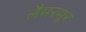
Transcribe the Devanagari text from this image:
लैमरमूर